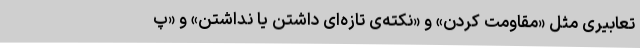
تعابیری مثل «مقاومت کردن» و «نکته‌ی تازه‌ای داشتن یا نداشتن» و «پ